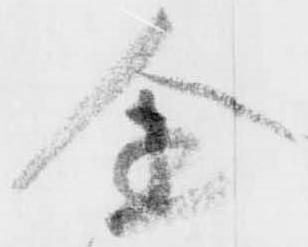
金